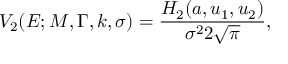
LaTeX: V _ { 2 } ( E ; M , \Gamma , k , \sigma ) = { \frac { H _ { 2 } ( a , u _ { 1 } , u _ { 2 } ) } { \sigma ^ { 2 } 2 { \sqrt { \pi } } } } ,